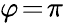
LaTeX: \varphi\! =\! \pi